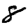
Digit: 8